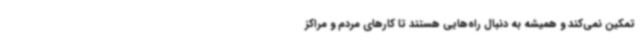
تمکین نمی‌کند و همیشه به دنبال راه‌هایی هستند تا کارهای مردم و مراکز